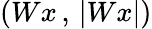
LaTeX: (Wx\, ,\, |Wx|)